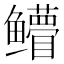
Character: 𱈛